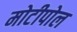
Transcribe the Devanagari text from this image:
मोटीपोल